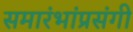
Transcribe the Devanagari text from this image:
समारंभांप्रसंगी